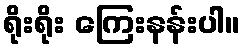
ရိုးရိုး ကြေးနန်းပါ။